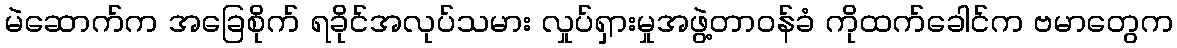
မဲဆောက်က အခြေစိုက် ရခိုင်အလုပ်သမား လှုပ်ရှားမှုအဖွဲ့တာဝန်ခံ ကိုထက်ခေါင်က ဗမာတွေက